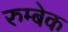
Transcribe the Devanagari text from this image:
रुम्बेक